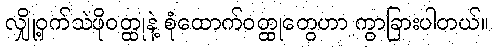
လျှို့ဝှက်သဲဖိုဝတ္ထုနဲ့ စုံထောက်ဝတ္ထုတွေဟာ ကွာခြားပါတယ်။